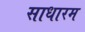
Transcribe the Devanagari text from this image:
साधारम